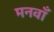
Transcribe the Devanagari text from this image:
मनवाँ